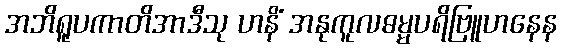
အဘိရူပကာတိအာဒီသု ဟနိံ အနုကူလဓမ္မပရိဗြူဟနေန